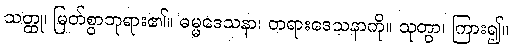
သတ္ထု၊ မြတ်စွာဘုရား၏။ ဓမ္မဒေသနာ၊ တရားဒေသနာကို။ သုတွာ၊ ကြား၍။